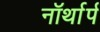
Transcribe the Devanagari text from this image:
नॉर्थार्प